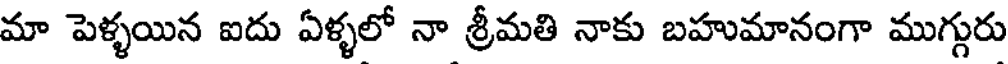
మా పెళ్ళయిన ఐదు ఏళ్ళలో నా శ్రీమతి నాకు బహుమానంగా ముగ్గురు